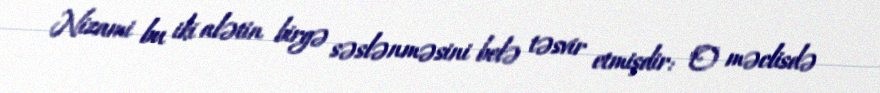
Nizami bu iki alətin birgə səslənməsini belə təsvir etmişdir: "O məclisdə